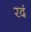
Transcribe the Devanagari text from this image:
रदं